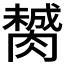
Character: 膥